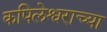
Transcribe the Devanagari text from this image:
कपिलेश्वराच्या